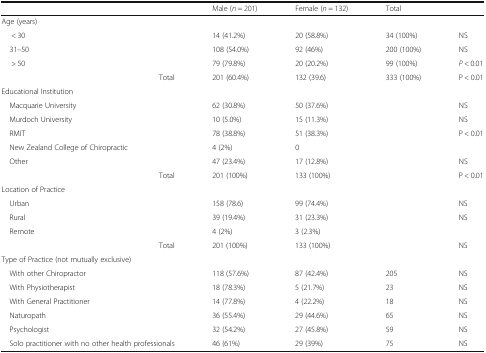
<table><thead><tr><td></td><td><b>Male (<i>n</i> = 201)</b></td><td><b>Female (<i>n</i> = 132)</b></td><td><b>Total</b></td><td></td></tr></thead><tbody><tr><td colspan="5">Age (years)</td></tr><tr><td>&lt; 30</td><td>14 (41.2%)</td><td>20 (58.8%)</td><td>34 (100%)</td><td>NS</td></tr><tr><td> 31–50</td><td>108 (54.0%)</td><td>92 (46%)</td><td>200 (100%)</td><td>NS</td></tr><tr><td>&gt; 50</td><td>79 (79.8%)</td><td>20 (20.2%)</td><td>99 (100%)</td><td><i>P</i> &lt; 0.01</td></tr><tr><td>Total</td><td>201 (60.4%)</td><td>132 (39.6)</td><td>333 (100%)</td><td>P &lt; 0.01</td></tr><tr><td colspan="5">Educational Institution</td></tr><tr><td> Macquarie University</td><td>62 (30.8%)</td><td>50 (37.6%)</td><td></td><td>NS</td></tr><tr><td> Murdoch University</td><td>10 (5.0%)</td><td>15 (11.3%)</td><td></td><td>NS</td></tr><tr><td> RMIT</td><td>78 (38.8%)</td><td>51 (38.3%)</td><td></td><td>P &lt; 0.01</td></tr><tr><td> New Zealand College of Chiropractic</td><td>4 (2%)</td><td>0</td><td></td><td></td></tr><tr><td> Other</td><td>47 (23.4%)</td><td>17 (12.8%)</td><td></td><td>NS</td></tr><tr><td>Total</td><td>201 (100%)</td><td>133 (100%)</td><td></td><td>P &lt; 0.01</td></tr><tr><td colspan="5">Location of Practice</td></tr><tr><td> Urban</td><td>158 (78.6)</td><td>99 (74.4%)</td><td></td><td>NS</td></tr><tr><td> Rural</td><td>39 (19.4%)</td><td>31 (23.3%)</td><td></td><td>NS</td></tr><tr><td> Remote</td><td>4 (2%)</td><td>3 (2.3%)</td><td></td><td></td></tr><tr><td>Total</td><td>201 (100%)</td><td>133 (100%)</td><td></td><td>NS</td></tr><tr><td colspan="5">Type of Practice (not mutually exclusive)</td></tr><tr><td> With other Chiropractor</td><td>118 (57.6%)</td><td>87 (42.4%)</td><td>205</td><td>NS</td></tr><tr><td> With Physiotherapist</td><td>18 (78.3%)</td><td>5 (21.7%)</td><td>23</td><td>NS</td></tr><tr><td> With General Practitioner</td><td>14 (77.8%)</td><td>4 (22.2%)</td><td>18</td><td>NS</td></tr><tr><td> Naturopath</td><td>36 (55.4%)</td><td>29 (44.6%)</td><td>65</td><td>NS</td></tr><tr><td> Psychologist</td><td>32 (54.2%)</td><td>27 (45.8%)</td><td>59</td><td>NS</td></tr><tr><td> Solo practitioner with no other health professionals</td><td>46 (61%)</td><td>29 (39%)</td><td>75</td><td>NS</td></tr></tbody></table>